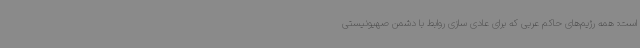
است: همه رژیم‌های حاکم عربی که برای عادی سازی روابط با دشمن صهیونیستی